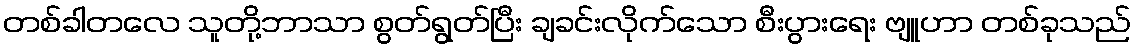
တစ်ခါတလေ သူတို့ဘာသာ စွတ်ရွတ်ပြီး ချခင်းလိုက်သော စီးပွားရေး ဗျူဟာ တစ်ခုသည်